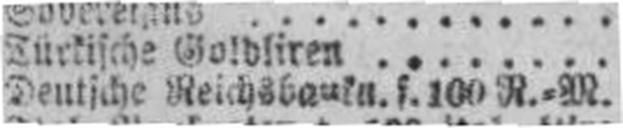
Deutsche Reichsbauin. f. 100 R.=M.